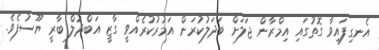
އެނގިފައިވާ ގޮތުގައި އިމްރާން ޖަލަށް ބަދަލުކުރަން އަމުރުކުރެއްވީ ގާޒީ އަބްދުލް ބާރީ ޔޫސުފެވެ.